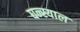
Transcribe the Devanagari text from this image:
घन्स्याल